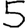
Digit: 5